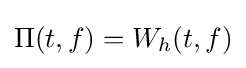
\Pi (t,f)=W_{h}(t,f)